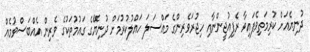
ދުނިޔެއަށް ކުރިމަތިވެފައިވާ ރެފިއުޖީންނާއި ހިޖުރަވެރިންގެ މައްސަލަ ހައްލުކުރުމަށް ދުނިޔޭގެ ގައުމުތަކުގެ ވެރިން އެއްބަސްވުމެއް